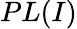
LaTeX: PL(I)